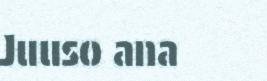
Juuso ana